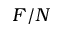
F / N